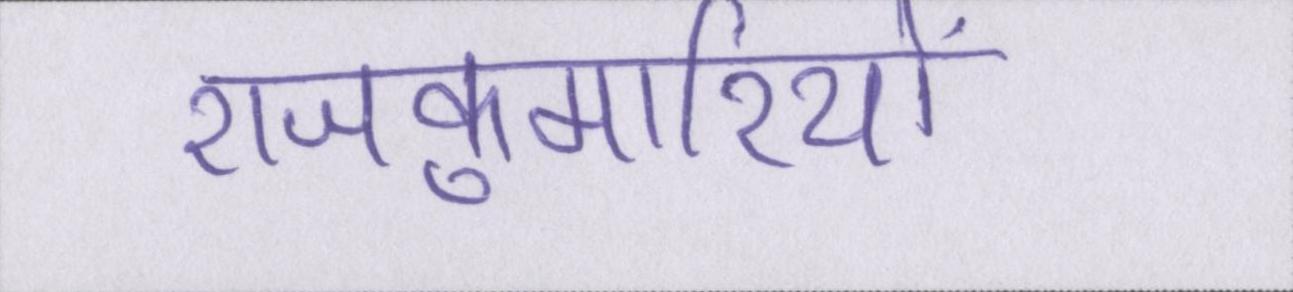
राजकुमारियों